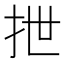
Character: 抴